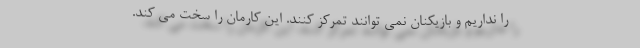
را نداریم و بازیکنان نمی توانند تمرکز کنند. این کارمان را سخت می کند.